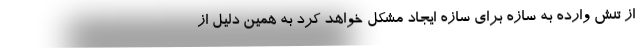
از تنش وارده به سازه برای سازه ایجاد مشکل خواهد کرد به همین دلیل از